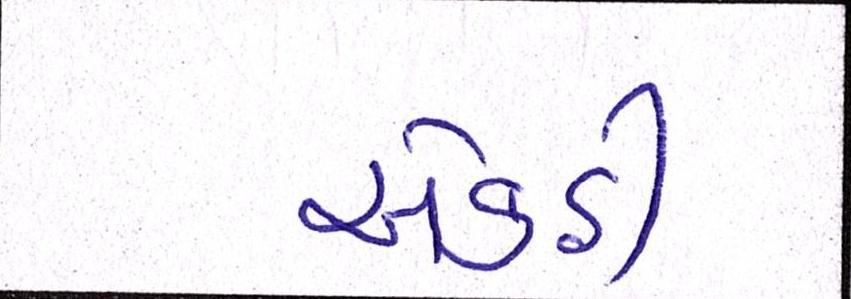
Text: એકઠી